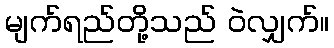
မျက်ရည်တို့သည် ဝဲလျှက်။